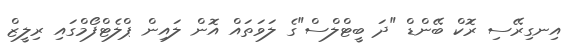
އިނގިރޭސި ރޮކް ބޭންޑް "ދަ ބީޓްލްސް"ގެ ލަވަތައް އޮން ލައިން ޕްލެޓްފޯމްގައި ރިލީޒް